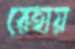
রেহায়